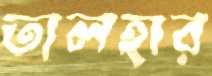
তালহার